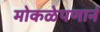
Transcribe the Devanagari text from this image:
मोकळेपणानं